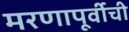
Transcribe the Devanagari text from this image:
मरणापूर्वीची